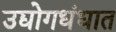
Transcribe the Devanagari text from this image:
उद्योगधंधात